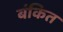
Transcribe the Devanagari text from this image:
बंकित